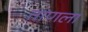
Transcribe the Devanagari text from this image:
ताणला